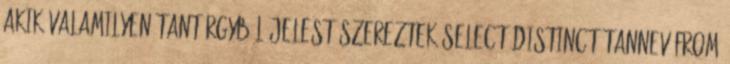
akik valamilyen tantárgyból jelest szereztek SELECT DISTINCT tannev FROM